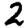
Digit: 2